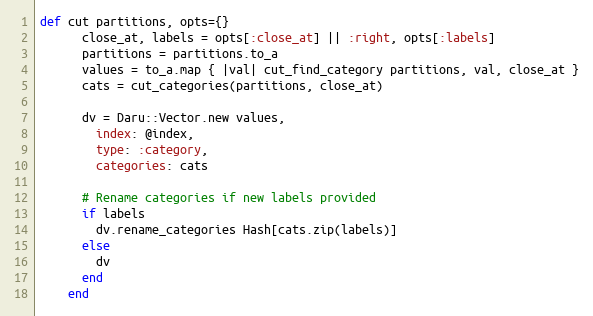
Language: Ruby
def cut partitions, opts={}
      close_at, labels = opts[:close_at] || :right, opts[:labels]
      partitions = partitions.to_a
      values = to_a.map { |val| cut_find_category partitions, val, close_at }
      cats = cut_categories(partitions, close_at)

      dv = Daru::Vector.new values,
        index: @index,
        type: :category,
        categories: cats

      # Rename categories if new labels provided
      if labels
        dv.rename_categories Hash[cats.zip(labels)]
      else
        dv
      end
    end